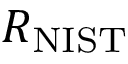
R _ { \mathrm { { N I S T } } }